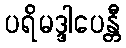
ပရိမဒ္ဒါပေန္တီ